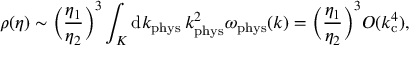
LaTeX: \rho ( \eta ) \sim \biggl ( \frac { \eta _ { 1 } } { \eta _ { 2 } } \biggr ) ^ { 3 } \int _ { \cal K } \mathrm { d } k _ { \mathrm { p h y s } } \, k _ { \mathrm { p h y s } } ^ { 2 } \omega _ { \mathrm { p h y s } } ( k ) = \biggl ( \frac { \eta _ { 1 } } { \eta _ { 2 } } \biggr ) ^ { 3 } { \cal O } ( k _ { \mathrm { c } } ^ { 4 } ) ,